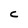
Character: C